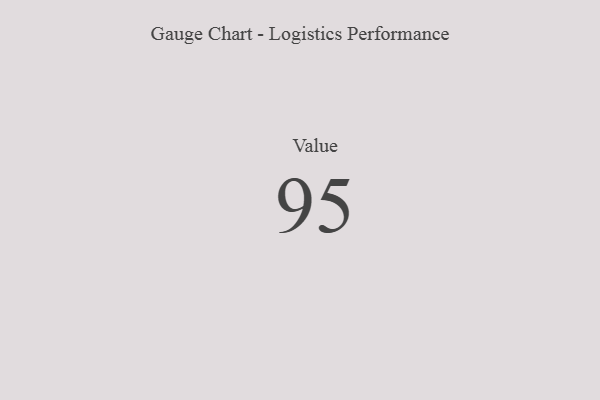
{"axis": {"x": "Metric", "y": "Value"}, "legend": [""], "data": [{"x": "Value", "y": 95, "type": ""}]}